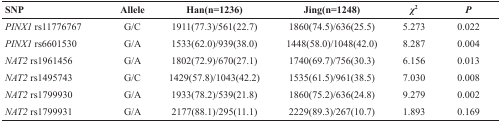
<table><thead><tr><td><b>SNP</b></td><td><b>Allele</b></td><td><b>Han(n=1236)</b></td><td><b>Jing(n=1248)</b></td><td><b><i>χ</i><sup>2</sup></b></td><td><b><i>P</i></b></td></tr></thead><tbody><tr><td><i>PINX1</i> rs11776767</td><td>G/C</td><td>1911(77.3)/561(22.7)</td><td>1860(74.5)/636(25.5)</td><td>5.273</td><td>0.022</td></tr><tr><td><i>PINX1</i> rs6601530</td><td>G/A</td><td>1533(62.0)/939(38.0)</td><td>1448(58.0)/1048(42.0)</td><td>8.287</td><td>0.004</td></tr><tr><td><i>NAT2</i> rs1961456</td><td>G/A</td><td>1802(72.9)/670(27.1)</td><td>1740(69.7)/756(30.3)</td><td>6.156</td><td>0.013</td></tr><tr><td><i>NAT2</i> rs1495743</td><td>G/C</td><td>1429(57.8)/1043(42.2)</td><td>1535(61.5)/961(38.5)</td><td>7.030</td><td>0.008</td></tr><tr><td><i>NAT2</i> rs1799930</td><td>G/A</td><td>1933(78.2)/539(21.8)</td><td>1860(75.2)/636(24.8)</td><td>9.279</td><td>0.002</td></tr><tr><td><i>NAT2</i> rs1799931</td><td>G/A</td><td>2177(88.1)/295(11.1)</td><td>2229(89.3)/267(10.7)</td><td>1.893</td><td>0.169</td></tr></tbody></table>